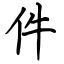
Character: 件